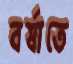
বর্ষাতে